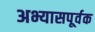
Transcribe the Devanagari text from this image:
अभ्यासपूर्वक